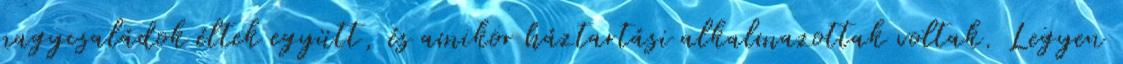
nagycsaládok éltek együtt, és amikor háztartási alkalmazottak voltak. Legyen